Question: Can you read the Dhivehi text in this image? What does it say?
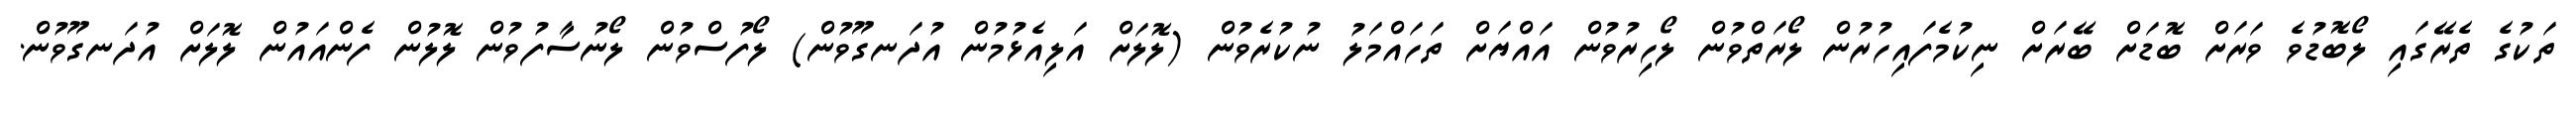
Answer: ތަކުގެ ތެރޭގައި ލޯބޮޑުވެ ވަރަށް ބޮޑަށް ބޭރަށް ނިކުމެފައިހުރުން ލޯރަތްވުން ލޯހިރުވުން އައްޔަށް ތަހައްމަލު ނުކުރެވުން (ލޮލަށް އަލިއެޅުމުން އުދަނގޫވުން) ލޯފުސްވުން ލޯނުސާފުވުން ލޮލުން ފެންއައުން ލޮލަށް އުދަނގޫވުން.